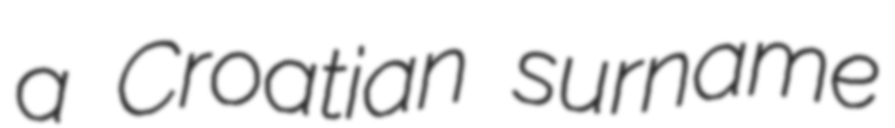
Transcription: a Croatian surname